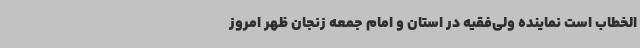
‌الخطاب است نماینده ولی‌فقیه در استان و امام جمعه زنجان ظهر امروز